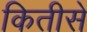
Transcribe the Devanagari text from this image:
कितीसे